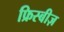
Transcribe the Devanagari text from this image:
फ्रिस्बीज़